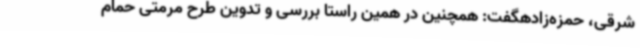
شرقی، حمزه‌زادهگفت: همچنین در همین راستا بررسی و تدوین طرح مرمتی حمام